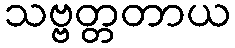
သဗ္ဗတ္တတာယ